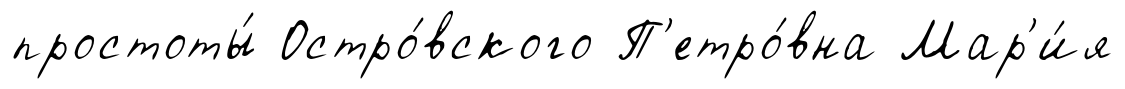
простоты́ Остро́вского П'етро́вна Мар'и́я